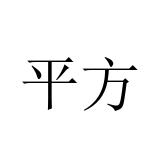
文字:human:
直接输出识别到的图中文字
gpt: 平方